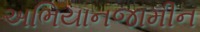
અભિયાનજામીન